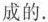
成的.